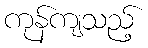
ကုန်ကျသည့်